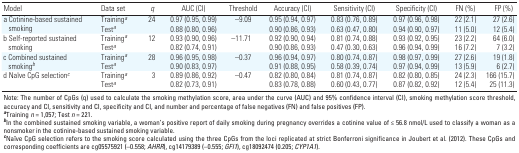
<table><thead><tr><td><b>Model</b></td><td><b>Data set</b></td><td><b><i>q</i></b></td><td><b>AUC (CI)</b></td><td><b>Threshold</b></td><td><b>Accuracy (CI)</b></td><td><b>Sensitivity (CI)</b></td><td><b>Specificity (CI)</b></td><td><b>FN (%)</b></td><td><b>FP (%)</b></td></tr></thead><tbody><tr><td rowspan="2"><b>a Cotinine-based sustained smoking </b></td><td><b>Training<sup><i>a</i></sup></b></td><td>24</td><td>0.97 (0.95, 0.99)</td><td>–9.09</td><td>0.95 (0.94, 0.97)</td><td>0.83 (0.76, 0.89)</td><td>0.97 (0.96, 0.98)</td><td>22 (2.1)</td><td>27 (2.6)</td></tr><tr><td><b>Test<sup><i>a</i></sup></b></td><td></td><td>0.88 (0.80, 0.96)</td><td></td><td>0.90 (0.86, 0.93)</td><td>0.63 (0.47, 0.80)</td><td>0.94 (0.90, 0.97)</td><td>11 (5.0)</td><td>12 (5.4)</td></tr><tr><td rowspan="2"><b>b Self-reported sustained smoking </b></td><td><b>Training<sup><i>a</i></sup></b></td><td>12</td><td>0.93 (0.90, 0.96)</td><td>–11.71</td><td>0.92 (0.90, 0.94)</td><td>0.81 (0.74, 0.88)</td><td>0.93 (0.92, 0.95)</td><td>23 (2.2)</td><td>64 (6.0)</td></tr><tr><td><b>Test<sup><i>a</i></sup></b></td><td></td><td>0.82 (0.74, 0.91)</td><td></td><td>0.90 (0.86, 0.93)</td><td>0.47 (0.30, 0.63)</td><td>0.96 (0.94, 0.99)</td><td>16 (7.2)</td><td>7 (3.2)</td></tr><tr><td rowspan="2"><b>c Combined sustained smoking<sup><i>b</i></sup></b></td><td><b>Training<sup><i>a</i></sup></b></td><td>28</td><td>0.96 (0.95, 0.98)</td><td>–0.37</td><td>0.96 (0.94, 0.97)</td><td>0.80 (0.74, 0.87)</td><td>0.98 (0.97, 0.99)</td><td>27 (2.6)</td><td>19 (1.8)</td></tr><tr><td><b>Test<sup><i>a</i></sup></b></td><td></td><td>0.90 (0.83, 0.97)</td><td></td><td>0.91 (0.88, 0.95)</td><td>0.58 (0.39, 0.74)</td><td>0.97 (0.94, 0.99)</td><td>13 (5.9)</td><td>6 (2.7)</td></tr><tr><td rowspan="2"><b>d Naïve CpG selection<sup><i>c</i></sup></b></td><td><b>Training<sup><i>a</i></sup></b></td><td>3</td><td>0.89 (0.86, 0.92)</td><td>–0.47</td><td>0.82 (0.80, 0.84)</td><td>0.81 (0.74, 0.87)</td><td>0.82 (0.80, 0.85)</td><td>24 (2.3)</td><td>166 (15.7)</td></tr><tr><td><b>Test<sup><i>a</i></sup></b></td><td></td><td>0.82 (0.73, 0.91)</td><td></td><td>0.83 (0.78, 0.88)</td><td>0.60 (0.43, 0.77)</td><td>0.87 (0.82, 0.92)</td><td>12 (5.4)</td><td>25 (11.3)</td></tr><tr><td colspan="10">Note: The number of CpGs (q) used to calculate the smoking methylation score, area under the curve (AUC) and 95% confidence interval (CI), smoking methylation score threshold, accuracy and CI, sensitivity and CI, specificity and CI, and number and percentage of false negatives (FN) and false positives (FP). <sup><i><b>a</b></i></sup>Training <i>n </i>= 1,057; Test <i>n </i>= 221. <sup><i><b>b</b></i></sup>In the combined sustained smoking variable, a woman’s positive report of daily smoking during pregnancy overrides a cotinine value of ≤ 56.8 nmol/L used to classify a woman as a nonsmoker in the cotinine-based sustained smoking variable. <sup><i><b>c</b></i></sup>Naïve CpG selection refers to the smoking score calculated using the three CpGs from the loci replicated at strict Bonferroni significance in Joubert et al. (2012). These CpGs and corresponding coefficients are cg05575921 (–0.558; <i>AHRR</i>), cg14179389 (–0.555; <i>GFI1</i>), cg18092474 (0.205; <i>CYP1A1</i>).</td></tr></tbody></table>